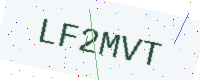
Text: LF2MVT